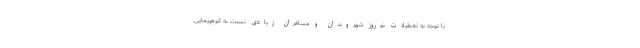
با توجه به تعطیلات نوروز شهروندان و مسافران زیادی نسبت به کوهپیمایی